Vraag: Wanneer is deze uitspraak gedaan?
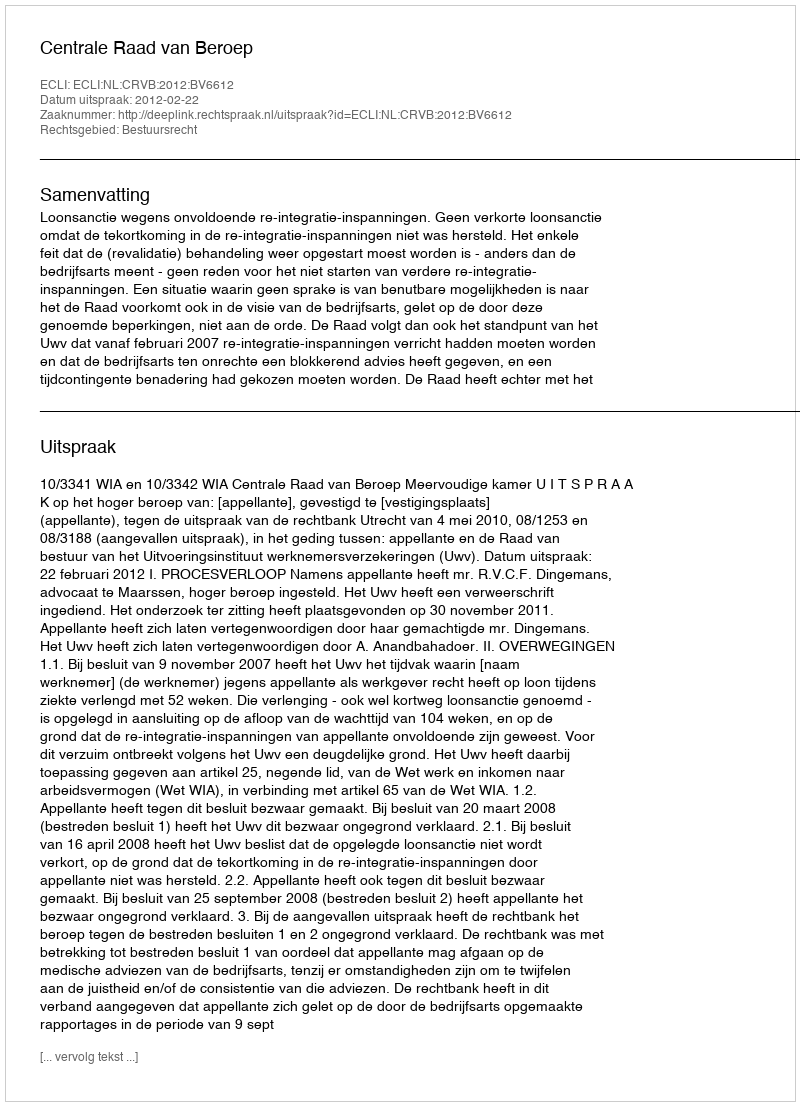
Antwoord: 2012-02-22